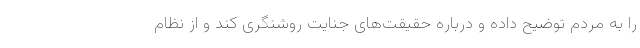
را به مردم توضیح داده و درباره حقیقت‌های جنایت روشنگری کند و از نظام